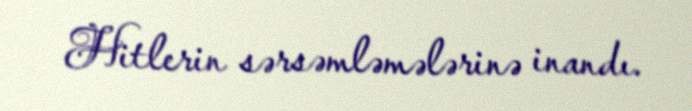
Hitlerin sərsəmləmələrinə inandı.